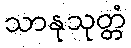
သာနုသုတ္တံ